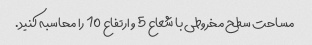
مساحت سطح مخروطی با شعاع 5 و ارتفاع 10 را محاسبه کنید.